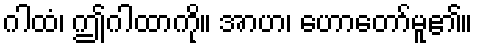
ဂါထံ၊ ဤဂါထာကို။ အာဟ၊ ဟောတော်မူ၏။